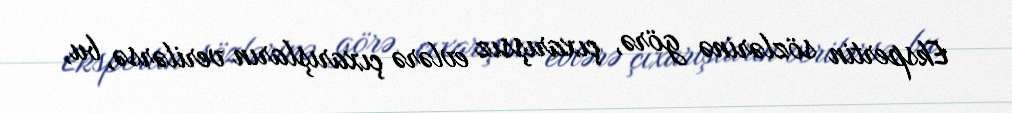
Ekspertin sözlərinə görə, çıxarışsız evlərə çıxarışların verilərsə, bu,